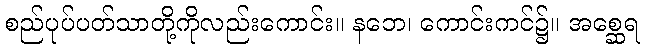
စည်ပုပ်ပတ်သာတို့ကိုလည်းကောင်း။ နဘေ၊ ကောင်းကင်၌။ အစ္ဆေရ